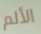
الألم